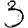
Digit: 3